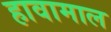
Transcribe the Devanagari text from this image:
हावामाल